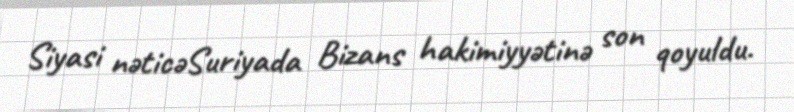
Siyasi nəticəSuriyada Bizans hakimiyyətinə son qoyuldu.